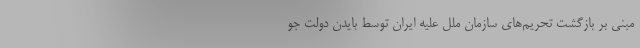
مبنی بر بازگشت تحریم‌های سازمان ملل علیه ایران توسط بایدن دولت جو